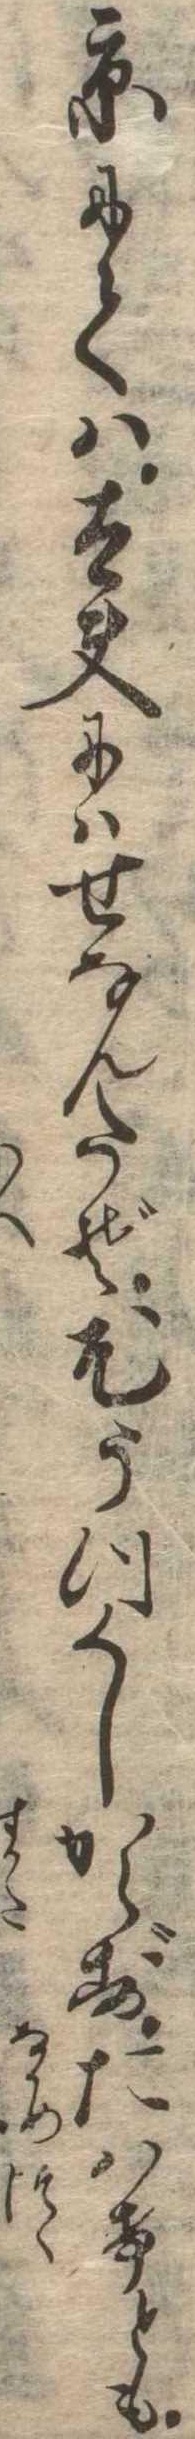
京にては太夫にはせなんたぞ尤うつくしからずたはけとも